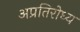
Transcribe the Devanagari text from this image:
अप्रतिरोध्य